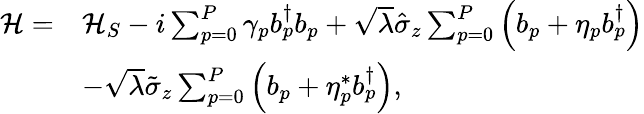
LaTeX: \begin{array}{rl}{\mathcal{H}=}&{\mathcal{H}_{S}-i\sum_{p=0}^{P}\gamma_{p}b_{p}^{\dagger}b_{p}+\sqrt{\lambda}\hat{\sigma}_{z}\sum_{p=0}^{P}\left(b_{p}+\eta_{p}b_{p}^{\dagger}\right)}\\ &{-\sqrt{\lambda}\tilde{\sigma}_{z}\sum_{p=0}^{P}\left(b_{p}+\eta_{p}^{*}b_{p}^{\dagger}\right),}\end{array}